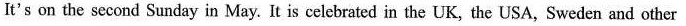
It's on the second Sunday in May. It is celebrated in the UK, the USA, Sweden and other